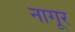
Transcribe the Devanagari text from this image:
नागूर